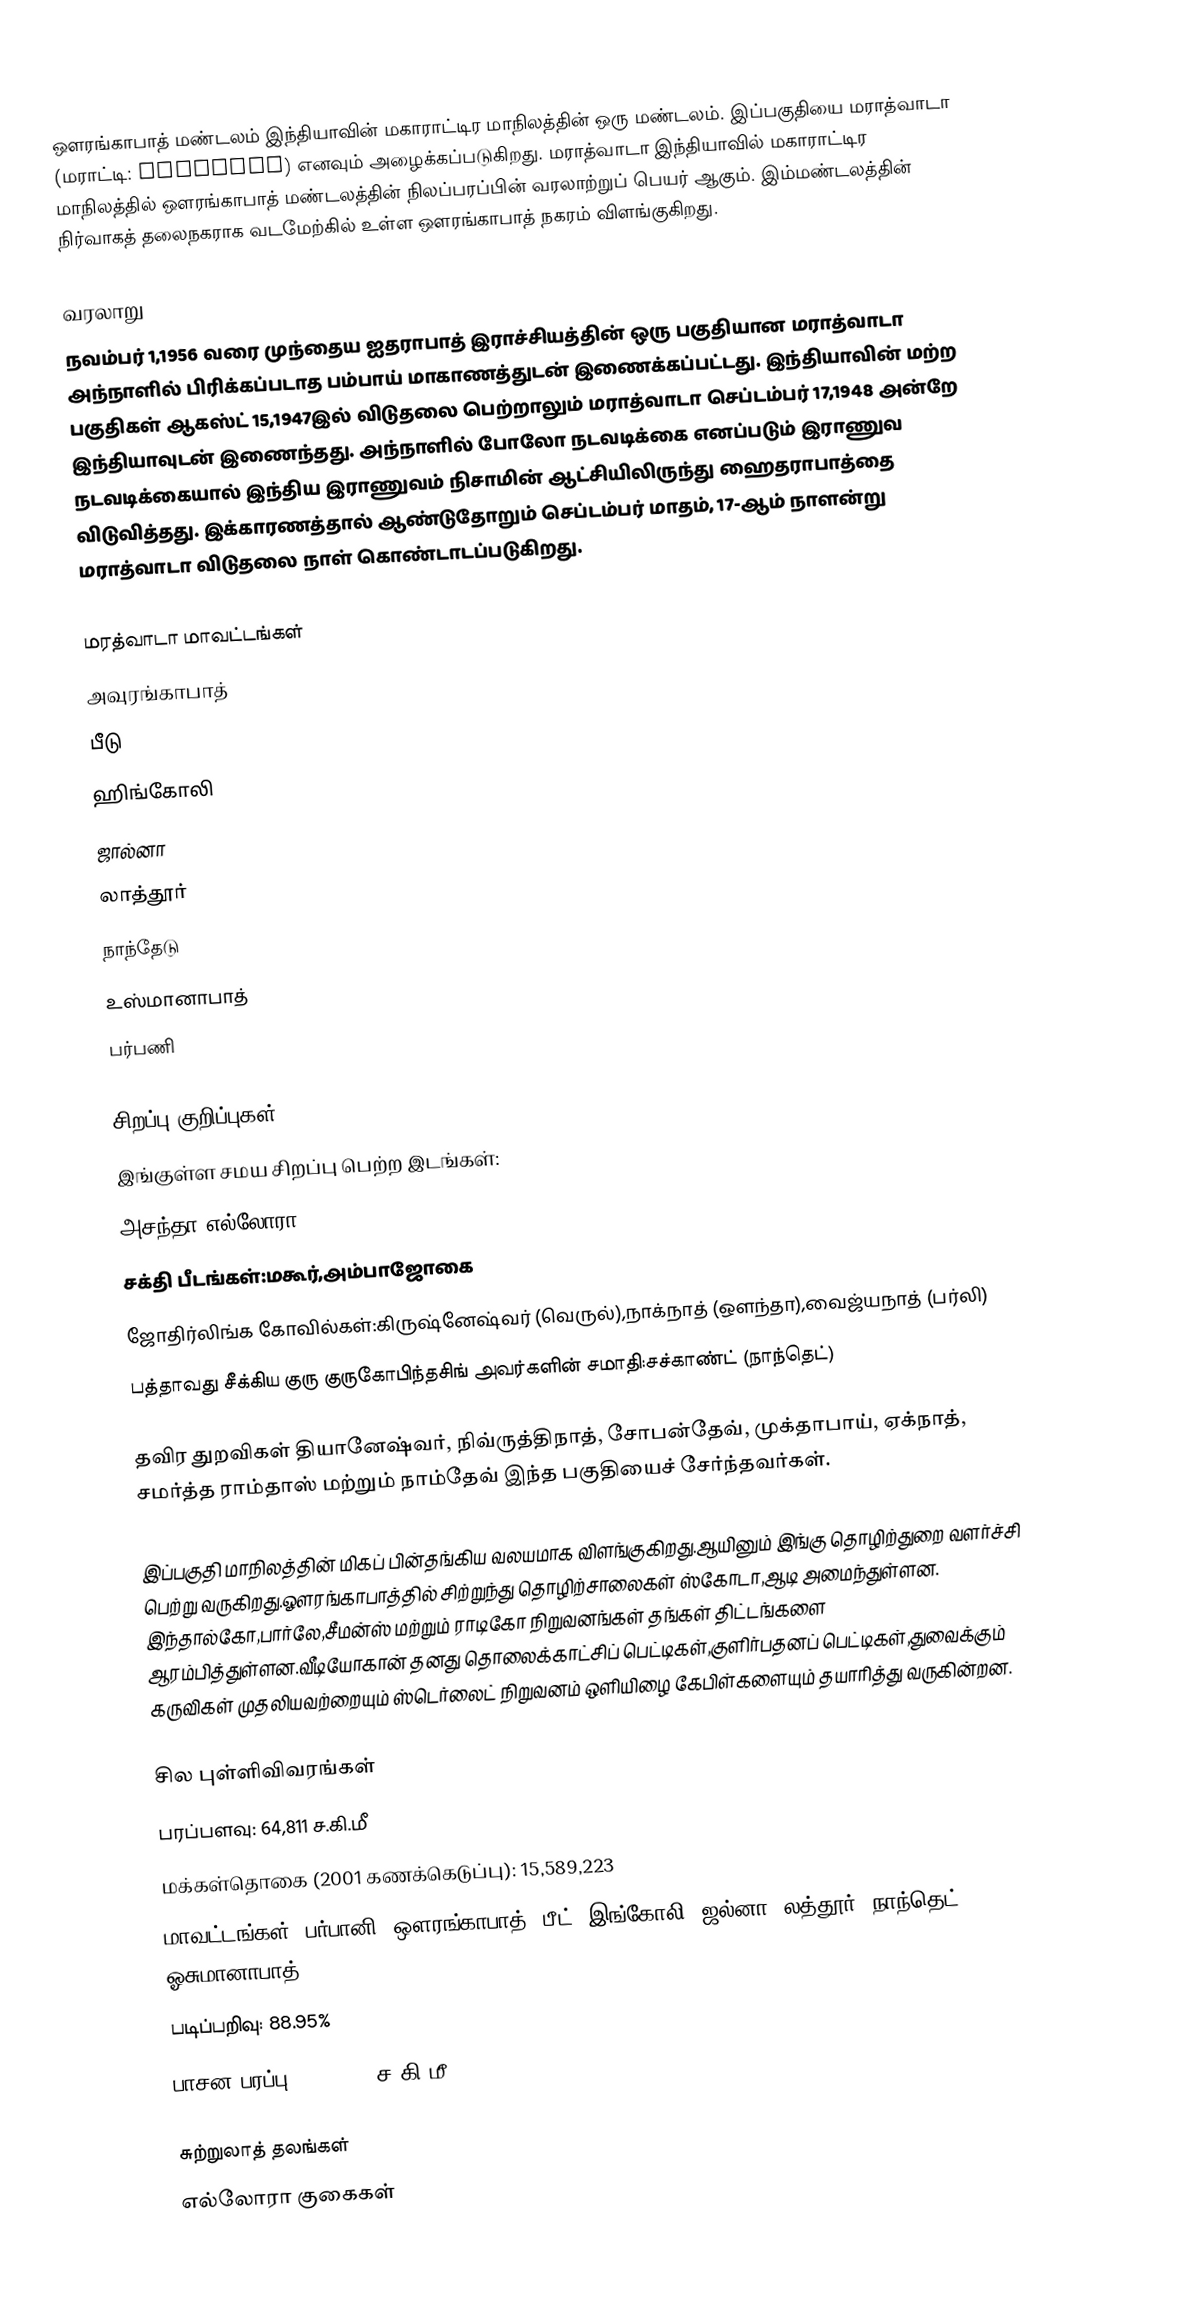
ஔரங்காபாத் மண்டலம் இந்தியாவின் மகாராட்டிர மாநிலத்தின் ஒரு மண்டலம். இப்பகுதியை மராத்வாடா (மராட்டி: मराठवाडा) எனவும் அழைக்கப்படுகிறது. மராத்வாடா இந்தியாவில் மகாராட்டிர மாநிலத்தில் ஔரங்காபாத் மண்டலத்தின் நிலப்பரப்பின் வரலாற்றுப் பெயர் ஆகும். இம்மண்டலத்தின் நிர்வாகத் தலைநகராக வடமேற்கில் உள்ள ஔரங்காபாத் நகரம் விளங்குகிறது.

வரலாறு
நவம்பர் 1,1956 வரை முந்தைய ஐதராபாத் இராச்சியத்தின் ஒரு பகுதியான மராத்வாடா அந்நாளில் பிரிக்கப்படாத பம்பாய் மாகாணத்துடன் இணைக்கப்பட்டது. இந்தியாவின் மற்ற பகுதிகள் ஆகஸ்ட் 15,1947இல் விடுதலை பெற்றாலும் மராத்வாடா செப்டம்பர் 17,1948 அன்றே இந்தியாவுடன் இணைந்தது. அந்நாளில் போலோ நடவடிக்கை எனப்படும் இராணுவ நடவடிக்கையால் இந்திய இராணுவம் நிசாமின் ஆட்சியிலிருந்து ஹைதராபாத்தை விடுவித்தது. இக்காரணத்தால் ஆண்டுதோறும் செப்டம்பர் மாதம், 17-ஆம் நாளன்று மராத்வாடா விடுதலை நாள் கொண்டாடப்படுகிறது.

மரத்வாடா மாவட்டங்கள்
 அவுரங்காபாத்
  பீடு
 ஹிங்கோலி
 ஜால்னா
 லாத்தூர்
  நாந்தேடு
  உஸ்மானாபாத்
  பர்பணி

சிறப்பு குறிப்புகள்
இங்குள்ள சமய சிறப்பு பெற்ற இடங்கள்:
அசந்தா,எல்லோரா
சக்தி பீடங்கள்:மகூர்,அம்பாஜோகை
ஜோதிர்லிங்க கோவில்கள்:கிருஷ்னேஷ்வர் (வெருல்),நாக்நாத் (ஔந்தா),வைஜ்யநாத் (பர்லி)
பத்தாவது சீக்கிய குரு குருகோபிந்தசிங் அவர்களின் சமாதி:சச்காண்ட் (நாந்தெட்)

தவிர துறவிகள் தியானேஷ்வர், நிவ்ருத்திநாத், சோபன்தேவ், முக்தாபாய், ஏக்நாத், சமர்த்த ராம்தாஸ் மற்றும் நாம்தேவ் இந்த பகுதியைச் சேர்ந்தவர்கள்.

இப்பகுதி மாநிலத்தின் மிகப் பின்தங்கிய வலயமாக விளங்குகிறது.ஆயினும் இங்கு தொழிற்துறை வளர்ச்சி பெற்று வருகிறது.ஔரங்காபாத்தில் சிற்றுந்து தொழிற்சாலைகள் ஸ்கோடா,ஆடி அமைந்துள்ளன. இந்தால்கோ,பார்லே,சீமன்ஸ் மற்றும் ராடிகோ நிறுவனங்கள் தங்கள் திட்டங்களை ஆரம்பித்துள்ளன.வீடியோகான் தனது தொலைக்காட்சிப் பெட்டிகள்,குளிர்பதனப் பெட்டிகள்,துவைக்கும் கருவிகள் முதலியவற்றையும் ஸ்டெர்லைட் நிறுவனம் ஒளியிழை கேபிள்களையும் தயாரித்து வருகின்றன.

சில புள்ளிவிவரங்கள்
 பரப்பளவு: 64,811 ச.கி.மீ
 மக்கள்தொகை (2001 கணக்கெடுப்பு): 15,589,223
 மாவட்டங்கள்: பர்பானி, ஔரங்காபாத், பீட், இங்கோலி, ஜல்னா, லத்தூர், நாந்தெட் & ஓசுமானாபாத்
 படிப்பறிவு: 88.95%
 பாசன பரப்பு: 9,610.84 ச.கி.மீ

சுற்றுலாத் தலங்கள்
 எல்லோரா குகைகள்